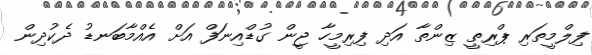
ފިލްމީތަރި ޕްރިތީ ޒިންތާ އަދި ފިރިމީހާ ޖީން ގުޑްއިނަފް އަށް އެއްމާބަނޑު ދެކުދިން